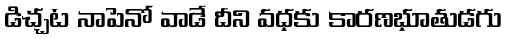
డిచ్చట నాపెనో వాడే దీని వధకు కారణభూతుడగు